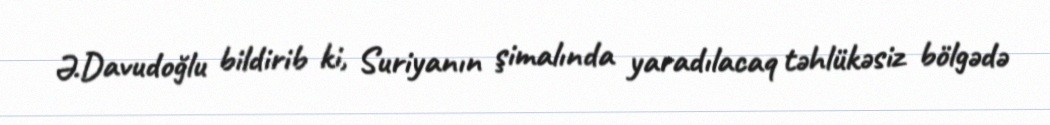
Ə.Davudoğlu bildirib ki, Suriyanın şimalında yaradılacaq təhlükəsiz bölgədə